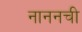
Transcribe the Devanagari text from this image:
नाननची